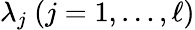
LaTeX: \lambda_{j}\ (j=1,\ldots,\ell)